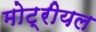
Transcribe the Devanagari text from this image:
मोट्रीयल